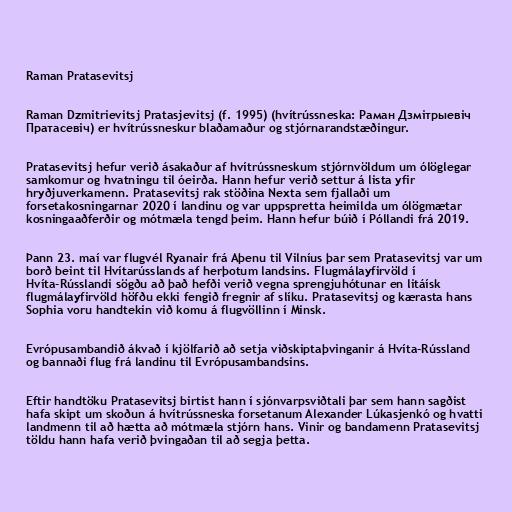
Raman Pratasevitsj

Raman Dzmitrievitsj Pratasjevitsj (f. 1995) (hvítrússneska: Раман Дзмітрыевіч
Пратасевіч) er hvítrússneskur blaðamaður og stjórnarandstæðingur.

Pratasevitsj hefur verið ásakaður af hvítrússneskum stjórnvöldum um ólöglegar
samkomur og hvatningu til óeirða. Hann hefur verið settur á lista yfir
hryðjuverkamenn. Pratasevitsj rak stöðina Nexta sem fjallaði um
forsetakosningarnar 2020 í landinu og var uppspretta heimilda um ólögmætar
kosningaaðferðir og mótmæla tengd þeim. Hann hefur búið í Póllandi frá 2019.

Þann 23. maí var flugvél Ryanair frá Aþenu til Vilníus þar sem Pratasevitsj var um
borð beint til Hvítarússlands af herþotum landsins. Flugmálayfirvöld í
Hvíta-Rússlandi sögðu að það hefði verið vegna sprengjuhótunar en litáísk
flugmálayfirvöld höfðu ekki fengið fregnir af slíku. Pratasevitsj og kærasta hans
Sophia voru handtekin við komu á flugvöllinn í Minsk.

Evrópusambandið ákvað í kjölfarið að setja viðskiptaþvinganir á Hvíta-Rússland
og bannaði flug frá landinu til Evrópusambandsins.

Eftir handtöku Pratasevitsj birtist hann í sjónvarpsviðtali þar sem hann sagðist
hafa skipt um skoðun á hvítrússneska forsetanum Alexander Lúkasjenkó og hvatti
landmenn til að hætta að mótmæla stjórn hans. Vinir og bandamenn Pratasevitsj
töldu hann hafa verið þvingaðan til að segja þetta.